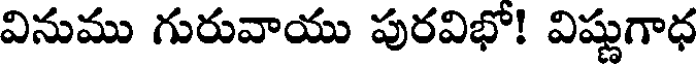
వినుము గురువాయు పురవిభో! విష్ణుగాధ